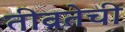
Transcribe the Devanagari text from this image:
तीव्रतेची